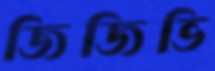
জিজিভি